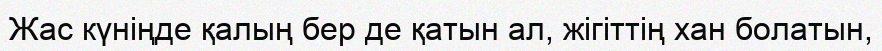
Жас күніңде қалың бер де қатын ал, жігіттің хан болатын,